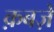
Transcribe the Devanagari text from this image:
क़बज़े